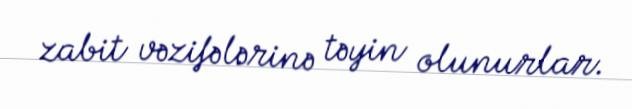
zabit vəzifələrinə təyin olunurlar.